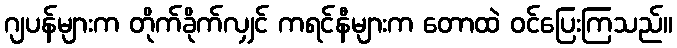
ဂျပန်များက တိုက်ခိုက်လျှင် ကရင်နီများက တောထဲ ဝင်ပြေးကြသည်။